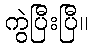
ကွဲပြီးပြီ။